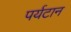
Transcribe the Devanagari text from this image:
पर्यटान